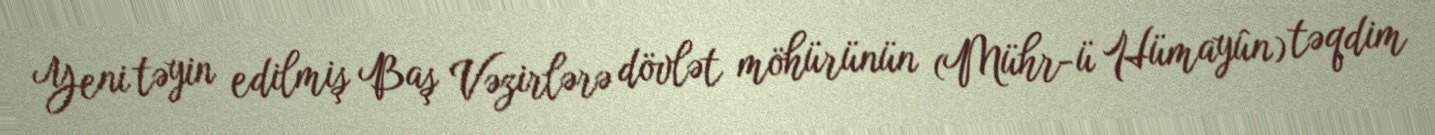
Yeni təyin edilmiş Baş Vəzirlərə dövlət möhürünün (Mühr-ü Hümayûn) təqdim